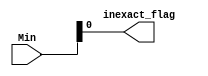
module round_1 (Min , inexact_flag);
input [26:0]Min;
output reg inexact_flag;
wire guard_bits;
assign guard_bits = Min[2:0];
always@(*)
begin
    inexact_flag = | guard_bits;
end
endmodule